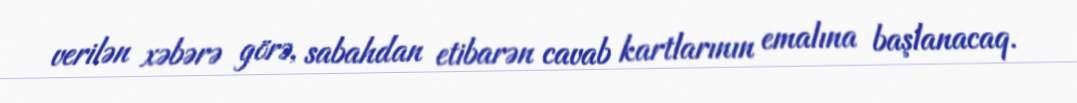
verilən xəbərə görə, sabahdan etibarən cavab kartlarının emalına başlanacaq.